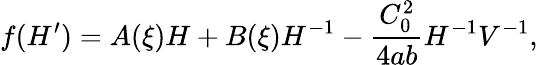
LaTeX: f(H^{\prime})=A(\xi)H+B(\xi)H^{-1}-\frac{C_{0}^{2}}{4ab}H^{-1}V^{-1},